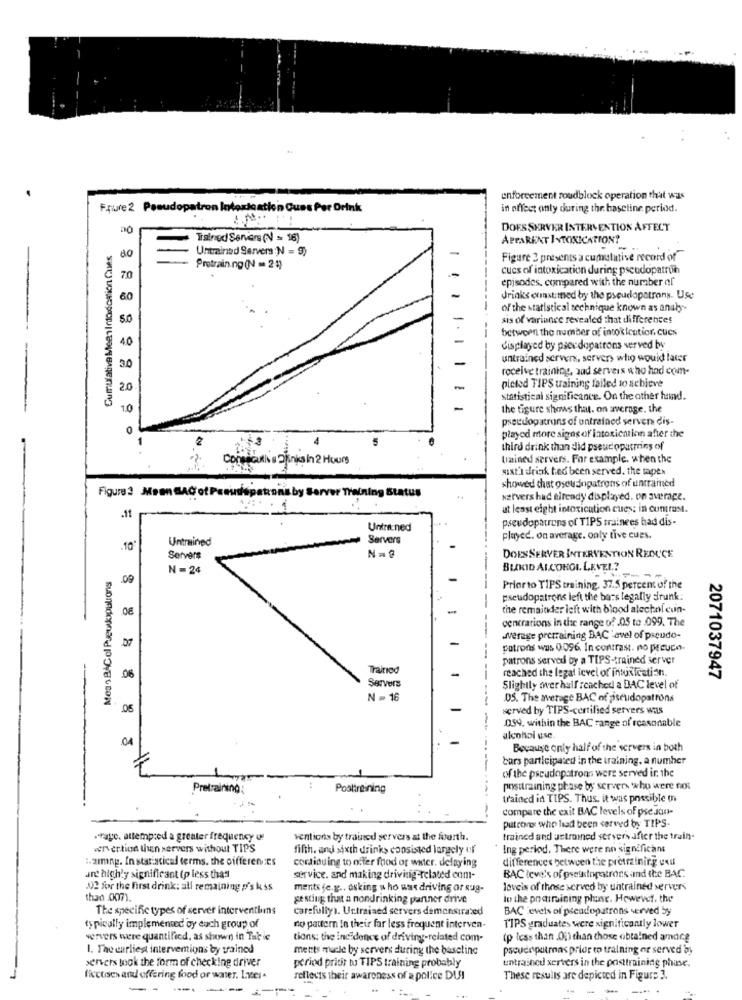
enforcement roudblock operation that was
Friure 2 Pseudopatron Intoxication Gues Per Drink
in effect only during the baseline perixdt.
DOES SERVER INTERVENTION AFFECT
Trained Server (N) = 16)
APPARENT INTOXICATION?
Cumulative MeanIntoxication Chues
Untrained Servers :N = 9)
-
=
Figure 2 presents a cumulative record of
Protraining (N = 25)
cucs of intoxication during pseudopatron
70
episodes, compared with the number of
60
Jriaks chast med by the pseudopatrons. Use
of the statistical technique known as anaby-
-
sis of variance revealed that differences
between the number of intoxication cues
-
displayed by pseudopatrons served by
-
untrained server, servers who would later
receive training, sad servers who had com-
20
-
pleted TIPS taining failed to achieve
statistical significance. On the other hand.
10
-
the figure shows that. on average, the
pseudopatrons of untrained server dis-
0
2
played more signs of intoxication after the
third drink than did pseudoparreins of
Consecutive 2 links in 2 Hours
tained servers. For example. when the
sixt'i drink hed been served. the mapen
showed that oseuanpatrons of untrained
Figure 2 Meen GAC of Preusspatrons by Server Training Status
servers had already displayed. on average.
at least eight intoxication cues; in cuntrust.
.11
pseudopatrons of TIPS trainees had dis-
Untrined
Untrained
Servers
played. on average. only tive cues.
.10
Servers
DOESSERVER INTERVENTION REDUCE
Mess BAC ol Pueskopations
N =24
BUKID ALCOHOL LEVEL .?
.09
Priorto TIPS training. 37.5 percent of the
pseudopatrons left the bars legally drunk:
the remainder left with blood alechol cun-
centrations in die range of 05 to 099. The
werage pretraining BAC 'avel of pseudo-
07
patrons was 0:096. In contrast. no pecuco.
patrons served by a TIPS-trained server
Trainod
reached the legat level of intoxication.
06
Servers
2071037947
Slightly ower half :cached a DAC level of
N = 16
---
05. The average BAC of piscudopatrona
05
served by TIPS-certified servers was
054. within the BAC range of reasonable
.04
alcohol use
Because only half of the servers in both
cars participated in the training. a number
---
of the pseudopatrons were served ic the
Pretraining:
Poottraining
posttraining phase by servers who were not
trained in TIPS. Thus. it was possible in
compare the exit BAC levels of pse.Jan-
putcons who had been served by TIPS
.rayo, attempted a grenter frequency of
ventions by trained servers at the fourth.
trained and untrained servers after the train-
wervertion then servers without TIPS
fifth, and sixth drinks consisted largely uf
Ing period. There were no significant
:. zing. In statistical terms. the differences
differences between the pretraining exu
continuing to offer food or water. delaying
and highly significant (p less than
service. and making driving-related com-
BAC leve's of pseltopatrocs and the BAC
02 for the first drink; all remaining p's k ss
ments (e.g .. osking u ho was driving or sug-
loveis of those served by untrained servers
thad .007)
gesting that a nondrinking partner drive
in the poctiraining phonse. However, the
The specific types of server interventiuns
carefully). Uctrained servers demonstrated
BAC levels of pseudopatrons served by
typically implemented oy euch group of
no pattern In their far less frequent interven-
TIPS graduates were significantly lower
ververs were quantified, as shown in Tar ie
tions: the incidence of driving-related com-
(p Icss than .00) than those obtained amore
1. The earliest interventions by trained
ments mucle by servers during the baseline
pacudeputmas prior to training or served by
servers took the form of checking driver
period pridir tu TIPS training probably
untrained servers in the posttraining phase.
fisctoes and offering food or waer. L.zes.
reflects their awareness of a police DUS!
These results are depicted in Figure 3.
- -
--